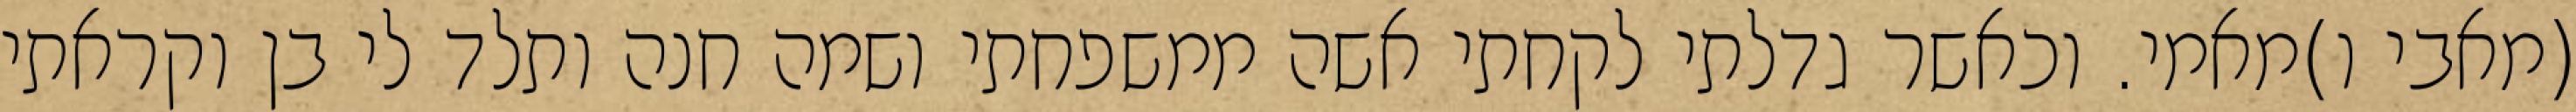
(מאבי ו)מאמי. וכאשר גדלתי לקחתי אשה ממשפחתי ושמה חנה ותלד לי בן וקראתי